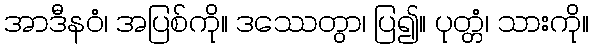
အာဒီနဝံ၊ အပြစ်ကို။ ဒဿေတွာ၊ ပြ၍။ ပုတ္တံ၊ သားကို။